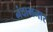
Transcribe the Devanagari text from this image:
नंदाभनार